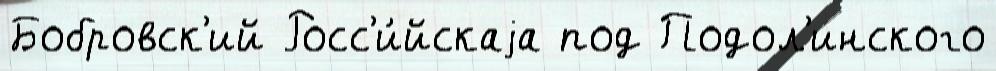
Бобровск'ий Росс'и́йскаjа под Подол'инского